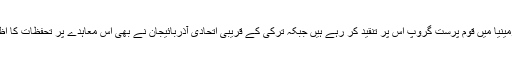
ترکی اور آرمینیا میں قوم پرست گروپ اس پر تنقید کر رہے ہیں جبکہ ترکی کے قریبی اتحادی آذربائیجان نے بھی اس معاہدے پر تحفظات کا اظہار کیا ہے۔